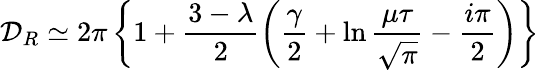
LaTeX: {\cal D}_{R}\simeq 2\pi\left\{ 1+\frac{3-\lambda}{2}\left(\frac{\gamma}{2}+\ln\frac{\mu\tau}{\sqrt{\pi}}-\frac{i\pi}{2}\right)\right\}